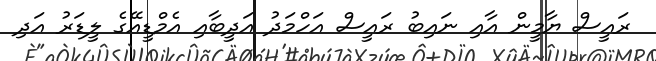
ރައީސް ޔާމީން އާއި ނައިބު ރައީސް އަހްމަދު އަދީބާއި އެމްޑީއޭގެ ލީޑަރު އަދި